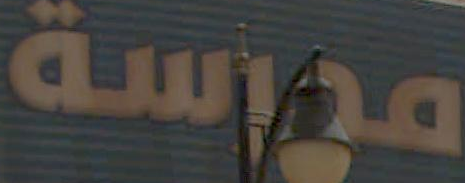
مدرسة